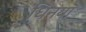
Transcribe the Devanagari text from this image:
धिनया